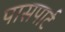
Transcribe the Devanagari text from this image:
पासपार्ट